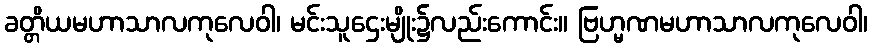
ခတ္တိယမဟာသာလကုလေဝါ၊ မင်းသူဌေးမျိုး၌လည်းကောင်း။ ဗြဟ္မဏမဟာသာလကုလေဝါ၊